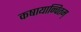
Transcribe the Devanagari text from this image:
कषायान्वितम्